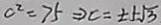
c ^ { 2 } = 7 5 \Rightarrow c = \pm 5 \sqrt { 3 }